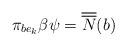
LaTeX: \begin{align*} \pi_{be_{k}}\beta \psi = \overline{\overline{N}}(b)\end{align*}